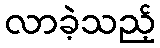
လာခဲ့သည့်